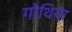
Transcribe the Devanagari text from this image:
गोथिया